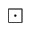
\boxdot